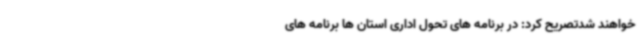
خواهند شدتصریح کرد: در برنامه های تحول اداری استان ها برنامه های